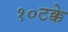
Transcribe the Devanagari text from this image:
१०टक्के